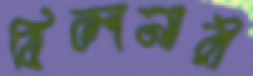
বিজ্ঞানারী